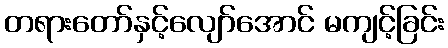
တရားတော်နှင့်လျော်အောင် မကျင့်ခြင်း